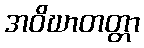
အဝိဃာတတ္တာ